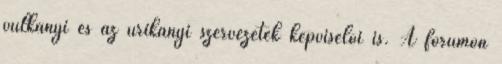
vulkányi és az urikányi szervezetek képviselői is. A fórumon